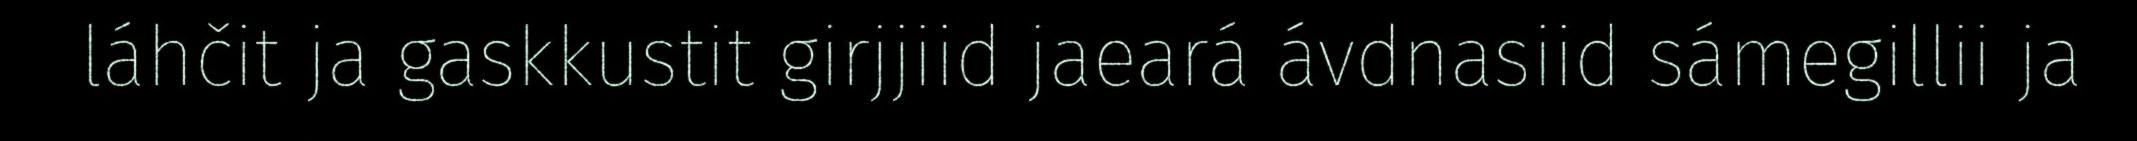
láhčit ja gaskkustit girjjiid jaeará ávdnasiid sámegillii ja